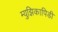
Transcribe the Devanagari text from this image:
म्युझिकापिडी